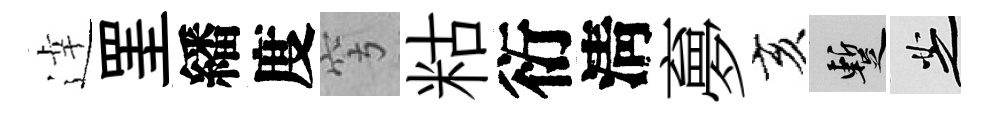
逹罣繙度穹䊀衍淸夣亥暫芝